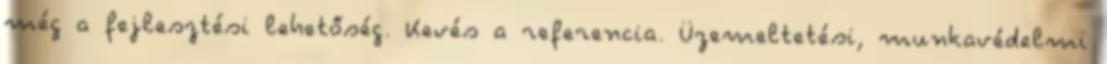
még a fejlesztési lehetőség. Kevés a referencia. Üzemeltetési, munkavédelmi